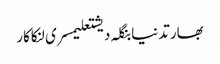
بھارتدنیابنگلہ دیشتعلیمسری لنکاکار